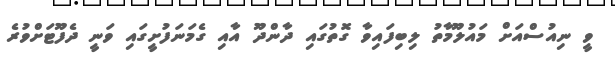
ވީ ނިއުސްއަށް މައުލޫމާތު ލިބިފައިވާ ގޮތުގައި ދާންދޫ އާއި ގެމަނަފުށީގައި ވަނީ ދެފޫޓަށްވުރެ